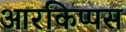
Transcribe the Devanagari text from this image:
आरकिप्पस